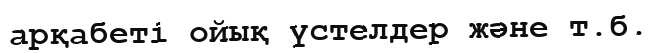
арқабеті ойық үстелдер және т.б.